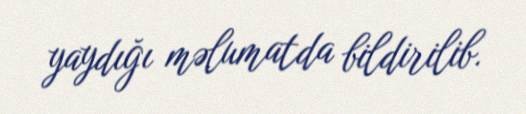
yaydığı məlumatda bildirilib.